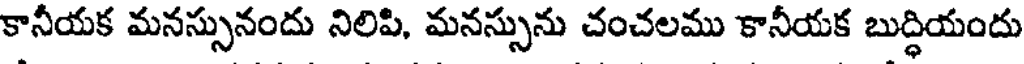
కానీయక మనస్సునందు నిలిపి, మనస్సును చంచలము కానీయక బుద్ధియందు